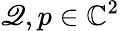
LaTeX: \mathscr{Q},p\in\mathbb{{C}}^{2}